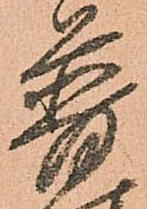
普